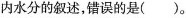
内水分的叙述，错误的是（）。